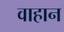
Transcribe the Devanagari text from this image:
वाहान